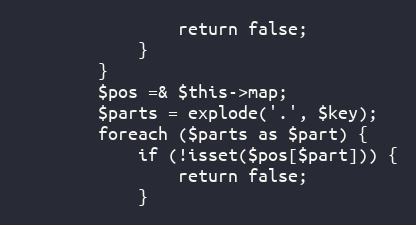
Language: PHP
                return false;
            }
        }
        $pos =& $this->map;
        $parts = explode('.', $key);
        foreach ($parts as $part) {
            if (!isset($pos[$part])) {
                return false;
            }